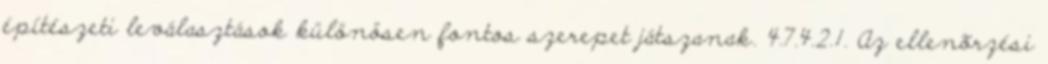
építészeti leválasztások különösen fontos szerepet játszanak. 4.7.4.2.1. Az ellenõrzési